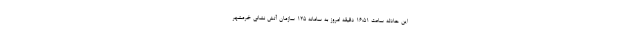
این حادثه ساعت ۱۶:۵۱ دقیقه امروز به سامانه ۱۲۵ سازمان آتش نشانی خرمشهر